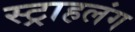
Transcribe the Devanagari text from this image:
स्‍ट्राहलंग